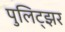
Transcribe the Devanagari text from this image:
पुलिट्झर